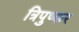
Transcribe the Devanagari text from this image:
त्रिपुष्कर